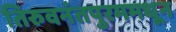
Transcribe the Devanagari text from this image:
तिरुवनंतपुरममधून